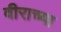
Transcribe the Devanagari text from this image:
वीराच्या